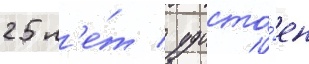
25 л'е́т / удосто́ен